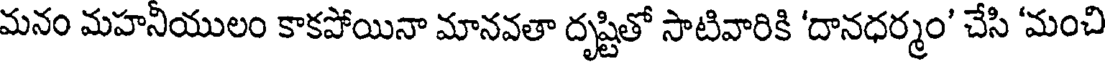
మనం మహనియులం కాకపోయినా మానవతా దృష్టితో సాటివారికి 'దానధర్మం' చేసి 'మంచి